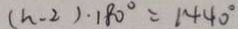
( n - 2 ) \cdot 1 8 0 ^ { \circ } = 1 4 4 0 ^ { \circ }